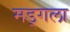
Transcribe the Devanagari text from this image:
मड्गला